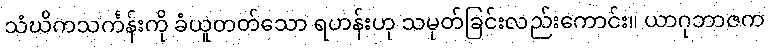
သံဃိကသင်္ကန်းကို ခံယူတတ်သော ရဟန်းဟု သမုတ်ခြင်းလည်းကောင်း။ ယာဂုဘာဇက